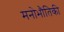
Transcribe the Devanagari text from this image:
मनोभौतिकी